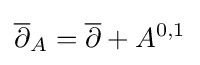
{\overline {\partial }}_{A}={\overline {\partial }}+A^{0,1}